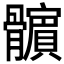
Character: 𩪯